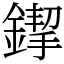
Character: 䤿